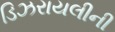
ડિઝરાયલીની